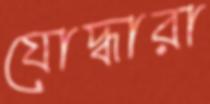
যোদ্ধারা